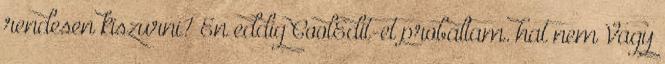
rendesen kiszurni? En eddig CoolEdit-et probaltam. hat nem Vagy